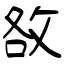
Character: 敋